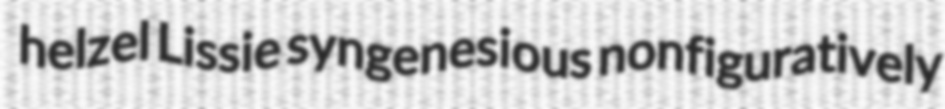
helzel Lissie syngenesious nonfiguratively